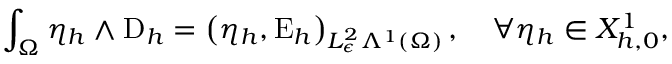
\int _ { \Omega } \eta _ { h } \wedge \mathrm { D } _ { h } = \left( \eta _ { h } , \mathrm { E } _ { h } \right) _ { L _ { \epsilon } ^ { 2 } \Lambda ^ { 1 } ( \Omega ) } , \quad \forall \eta _ { h } \in X _ { h , 0 } ^ { 1 } ,